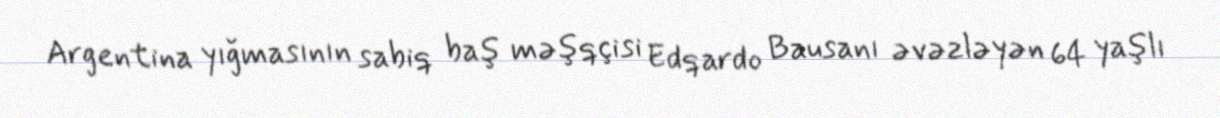
Argentina yığmasının sabiq baş məşqçisi Edqardo Bausanı əvəzləyən 64 yaşlı